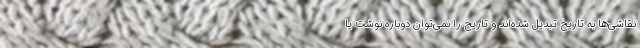
نقاشی‌ها به تاریخ تبدیل شده‌اند و تاریخ را نمی‌توان دوباره نوشت یا